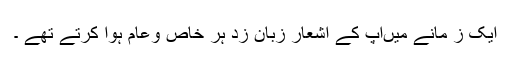
ایک ز مانے میںآپ کے اشعار زبان زد ہر خاص وعام ہوا کرتے تھے ۔